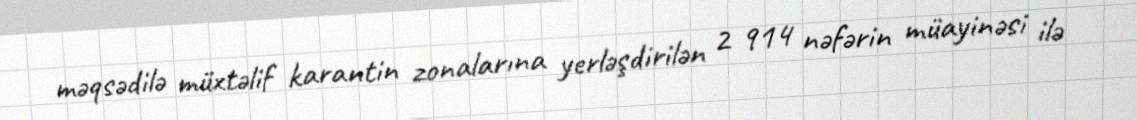
məqsədilə müxtəlif karantin zonalarına yerləşdirilən 2 914 nəfərin müayinəsi ilə